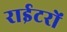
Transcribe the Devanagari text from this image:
राईटरों